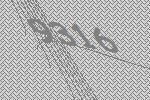
9316